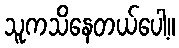
သူကသိနေတယ်ပေါ့။